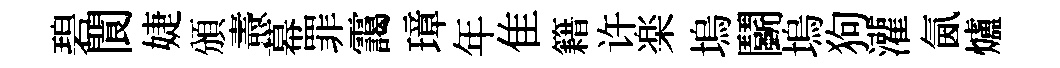
碧閬婕頒燾幕罪靄璋年隹籍许楽塢鬬塢狗灌氤爐